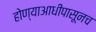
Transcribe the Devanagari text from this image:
होण्याआधीपासूनच